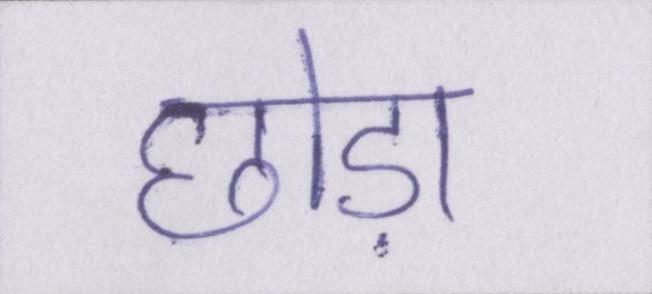
छोड़ा